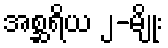
အစ္ဆရိယ ၂-မျိုး